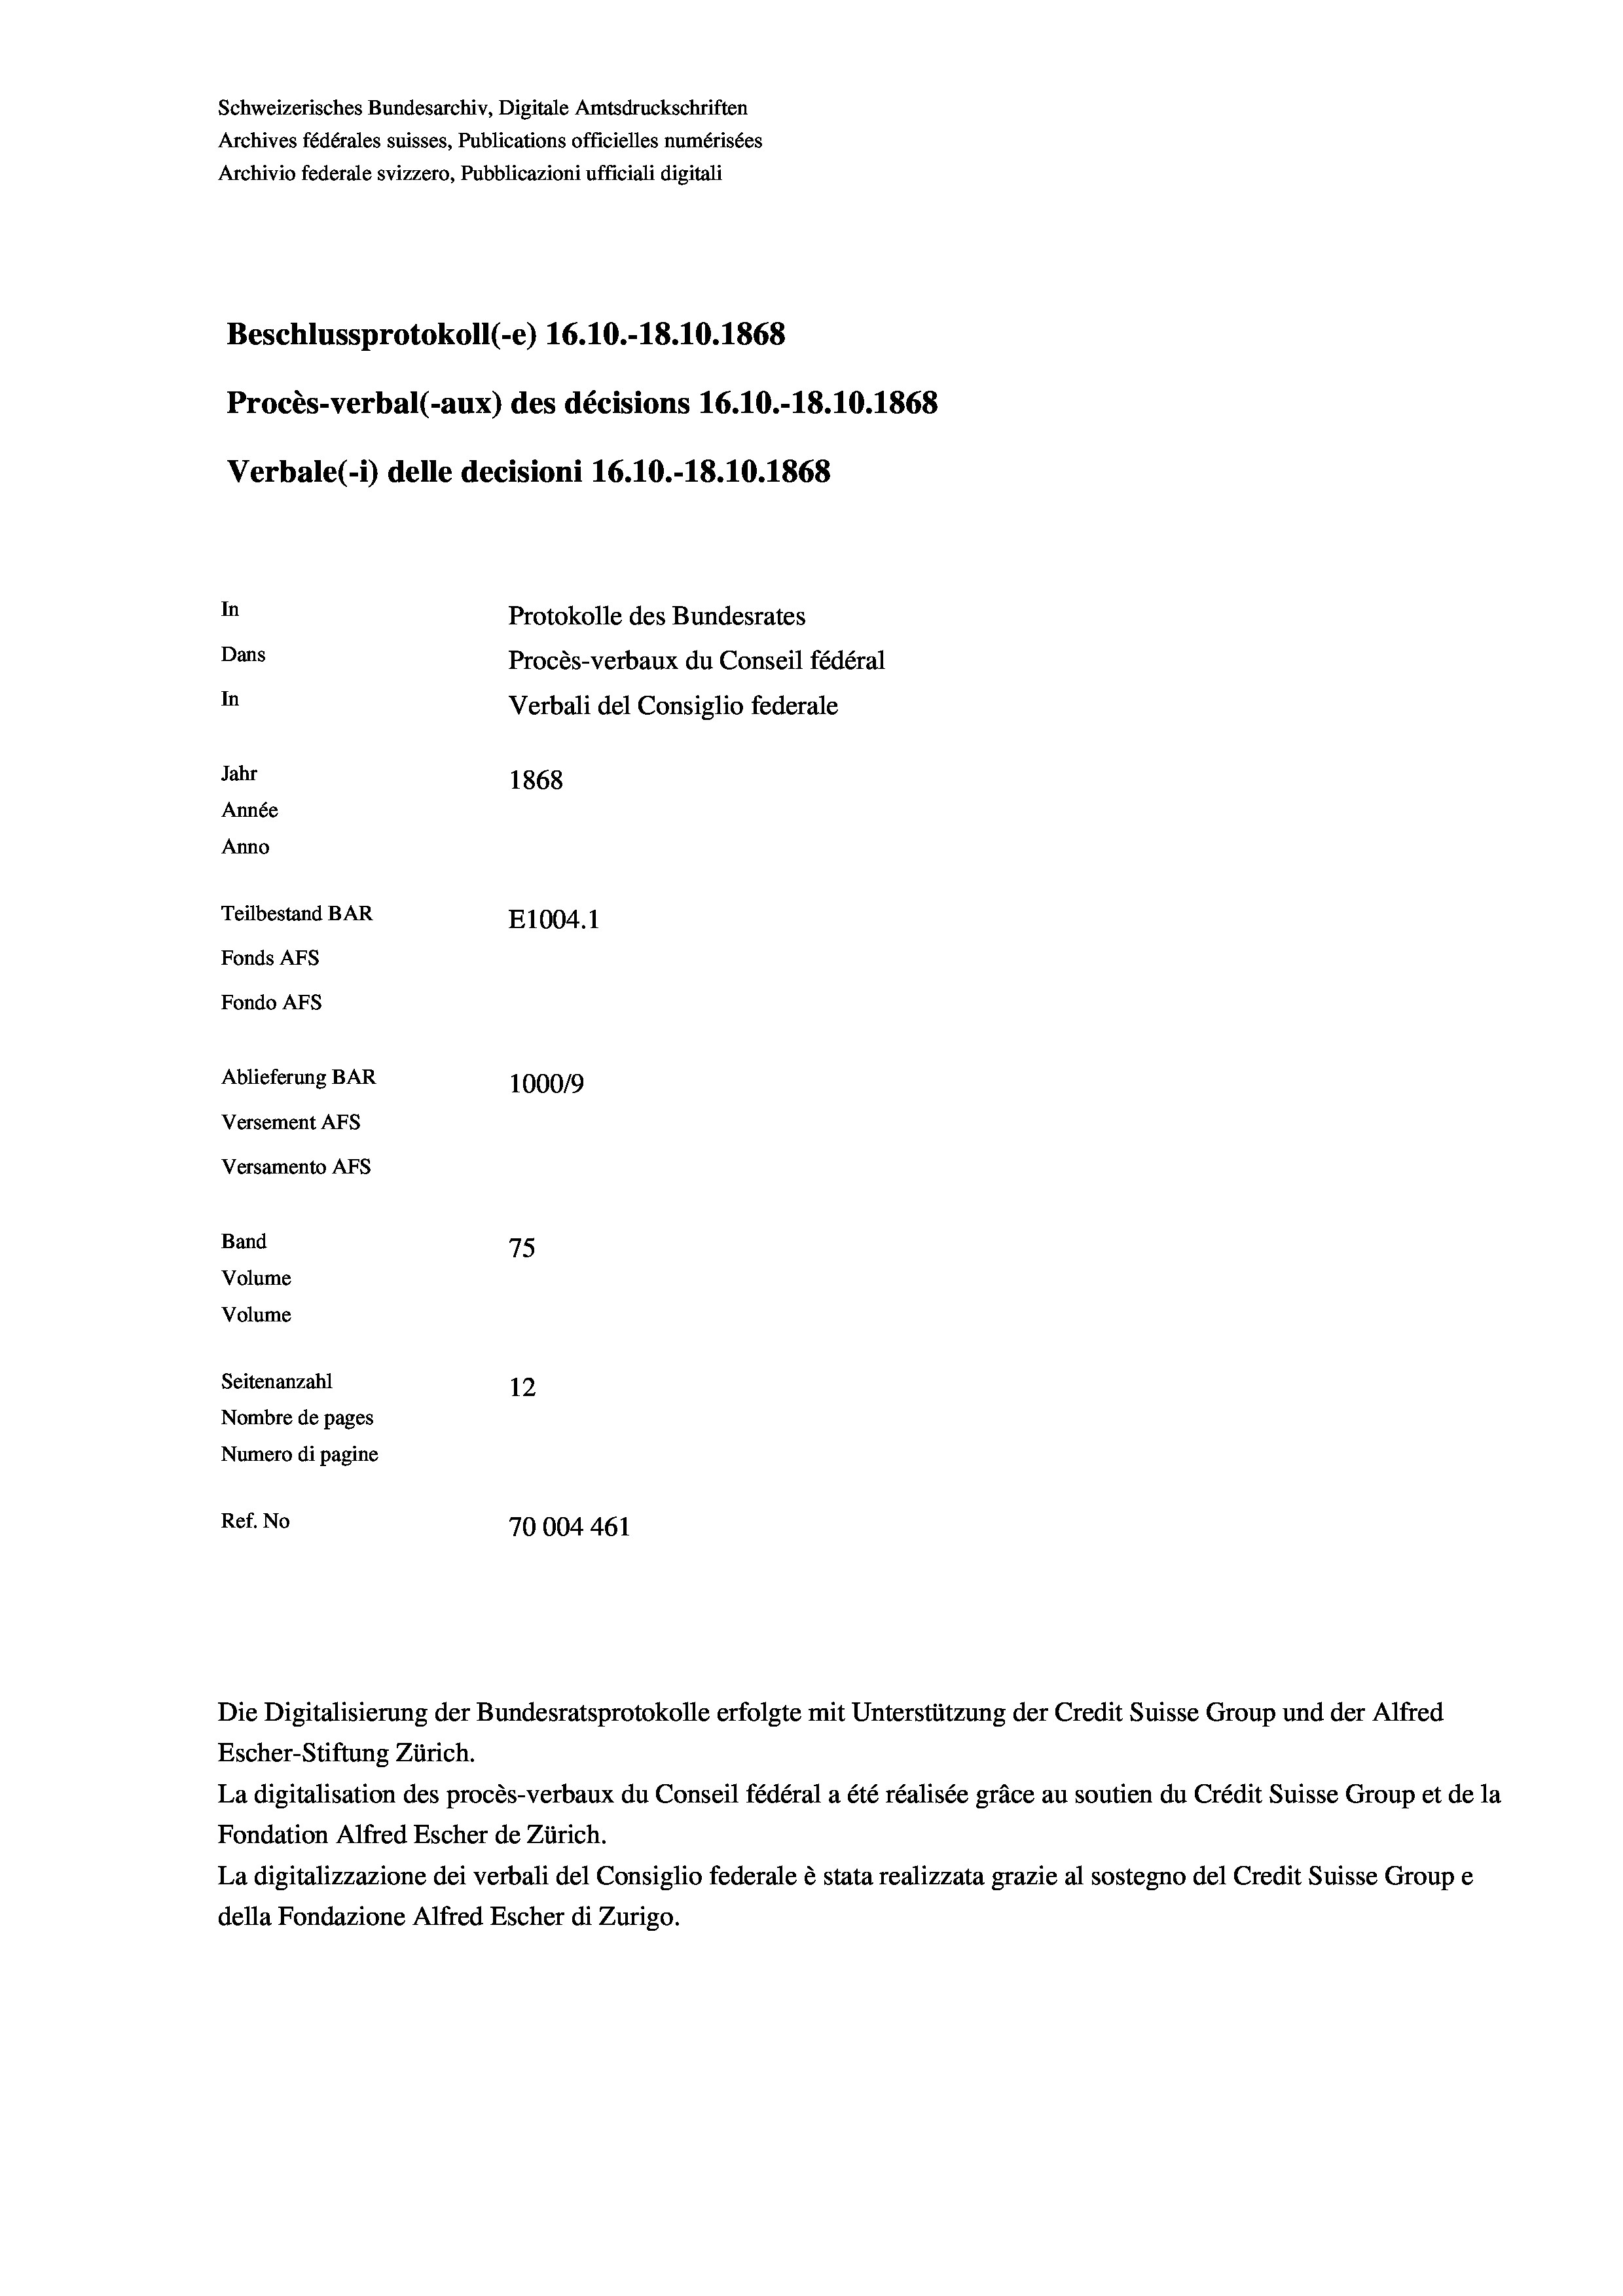
Schweizerisches Bundesarchiv, Digitale Amtsdruckschriften
Archives fédérales suisses, Publications officielles numérisées
Archivio federale svizzero, Pubblicazioni ufficiali digitali
Beschlussprotokoll (-e) 16.10.-18.10.1868
Procès-verbal (-aux) des décisions 16.10.-18.10.1868
Verbale (- 1) delle decisioni 16.10.-18.10.1868
In
Protokolle des Bundesrates
Dans
Procès-verbaux du Conseil fédéral
In
Verbali del Consiglio federale
Jahr
1868
Année
Anno
Teilbestand BAR
E1004. 1
Fonds AFs
Fondo AFS
Ablieferung BAR
100019
Versement Ans
Versamento Afs
Band
75

Volume
Volume
Seitenanzahl
12
Nombre de pages
Numero di pagine
Ref. No
70004461

Escher-Stiftung Zürich.
La digitalisation des procès-verbaux du Conseil fédéral a été réalisée gräce au soutien du Crédit Suisse Group et de la
Fondation Alfred Escher de Zürich.
La digitalizzazione dei verbali del Consiglio federale è stata realizzata grazie al sostegno del Credit Suisse Groupe
della Fondazione Alfred Escher di Zurigo.

Die Digitalisierung der Bundesratsprotokolle erfolgte mit Unterstützung der Credit Suisse Group und der Alfred